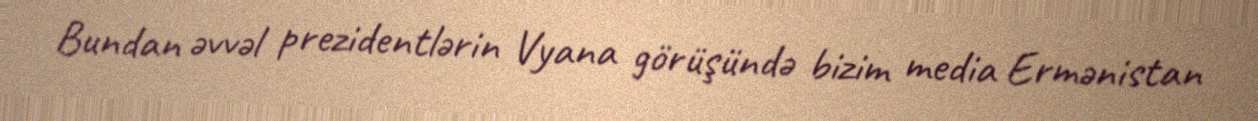
Bundan əvvəl prezidentlərin Vyana görüşündə bizim media Ermənistan